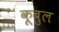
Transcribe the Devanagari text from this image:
कूबुल